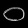
Digit: ၀